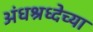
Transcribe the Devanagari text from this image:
अंधश्रध्देच्या